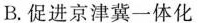
B.促进京津冀一体化